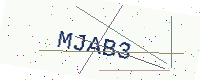
Text: MJAB3